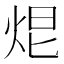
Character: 𤈑